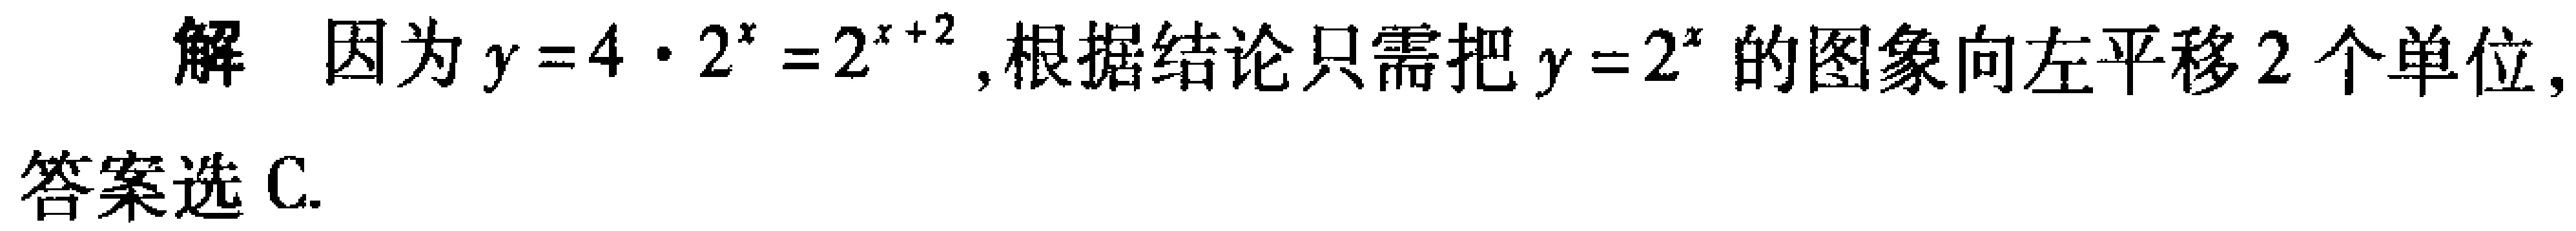
解 因为\(y = 4\cdot2^{x}=2^{x + 2}\),根据结论只需把\(y = 2^{x}\)的图象向左平移\(2\)个单位,

答案选C.